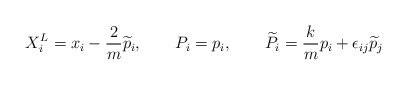
\begin{align*} X^L_i = x_i - \frac{2}{m} \widetilde{p}_i, \qquad P_i = p_i, \qquad \widetilde{P}_i = \frac{k}{m} p_i +\epsilon_{ij} \widetilde{p}_j\,\end{align*}